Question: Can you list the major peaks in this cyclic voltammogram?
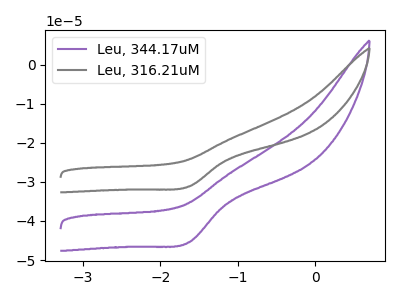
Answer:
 <answer>The purple curve "Leu, 344.17uM" has a cathodic peak at: (-1.65V, -45.45uA). The gray curve "Leu, 316.21uM" has a cathodic peak at: (-1.65V, -31.15uA).</answer>
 <eval></eval>